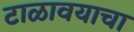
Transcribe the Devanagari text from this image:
टाळावयाचा